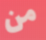
من